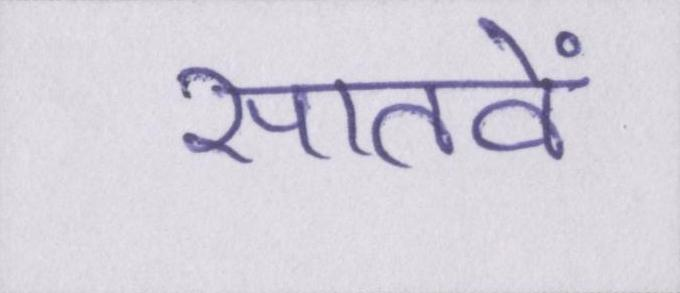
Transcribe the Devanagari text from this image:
सातवें